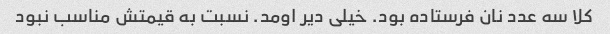
کلا سه عدد نان فرستاده بود. خیلی دیر اومد. نسبت به قیمتش مناسب نبود